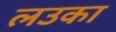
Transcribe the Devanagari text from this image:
लउका